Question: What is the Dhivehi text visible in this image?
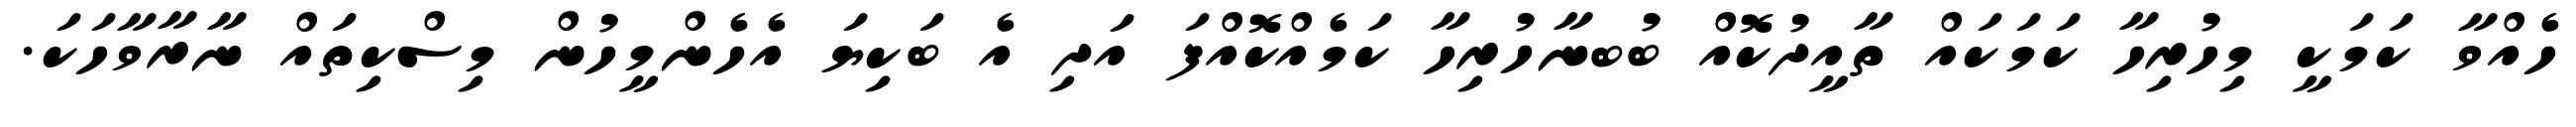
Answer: ހެއްވާ ކަމަކީ މިހުރިހާ ކަމަކައް ތާއީދުކޮއް ބުބނާހުރިހާ ކަމެއްކޮއްފަ އަދި އެ ބަކިޔަ އެހެންމީހުން މިސްކިތައް ނާރާވާހަކަ.